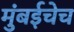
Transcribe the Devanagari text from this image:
मुंबईचेच